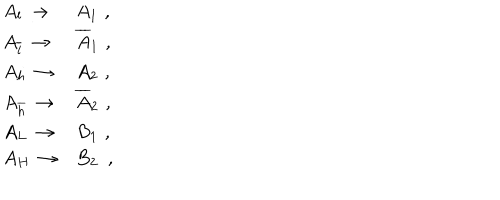
\begin{array} { l l } { { A _ { l } \, \rightarrow } } & { { A _ { 1 } \, \, , } } \\ { { A _ { \overline { { { l } } } } \, \rightarrow } } & { { \overline { { { A } } } _ { 1 } \, \, , } } \\ { { A _ { h } \, \rightarrow } } & { { A _ { 2 } \, \, , } } \\ { { A _ { \overline { { { h } } } } \, \rightarrow } } & { { \overline { { { A } } } _ { 2 } \, \, , } } \\ { { A _ { L } \, \rightarrow } } & { { B _ { 1 } \, \, , } } \\ { { A _ { H } \, \rightarrow } } & { { B _ { 2 } \, \, \, , } } \\ \end{array}